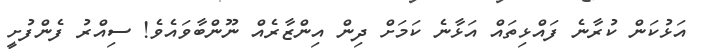
އަޅުކަން ކުރާނެ ފައްޅިތައް އަޅާނެ ކަމަށް ދިން އިންޒާރެއް ނޫންބާވައެވެ! ސިއްރު ފެންފުށީ